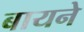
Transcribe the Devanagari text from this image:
बायने